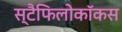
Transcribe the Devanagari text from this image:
स्टैफिलोकॉकस